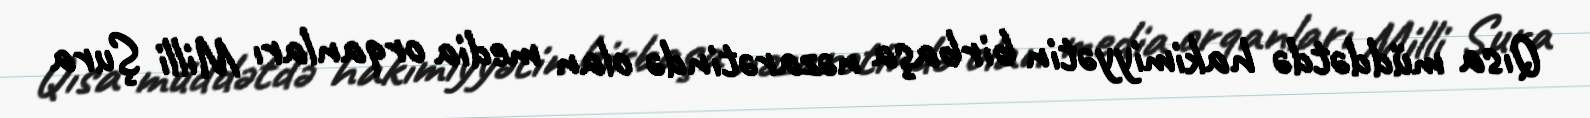
Qısa müddətdə hakimiyyətin birbaşa nəzarətində olan media orqanları Milli Şura